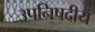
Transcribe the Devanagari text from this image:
उपनिषदीय